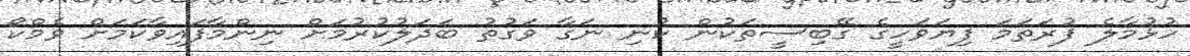
ހުޅުމާލެ ފުރަތަމަ ފިޔަވަހީގެ ގޭބިސީތަކުން ކުނި ނަގާ ވަގުތު ބަދަލުކުރުމަށް ނިންމާފައިވާކަމަށް ވެމްކޯ